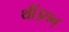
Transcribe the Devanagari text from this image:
थीं।सन्